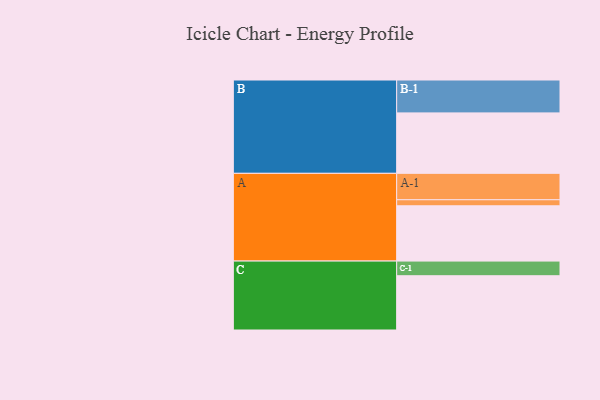
{"axis": {"x": "Segment", "y": "Value"}, "legend": ["", "A", "B", "C"], "data": [{"x": "A", "y": 494, "type": ""}, {"x": "B", "y": 540, "type": ""}, {"x": "C", "y": 485, "type": ""}, {"x": "A-1", "y": 236, "type": "A"}, {"x": "A-2", "y": 54, "type": "A"}, {"x": "B-1", "y": 294, "type": "B"}, {"x": "C-1", "y": 131, "type": "C"}]}